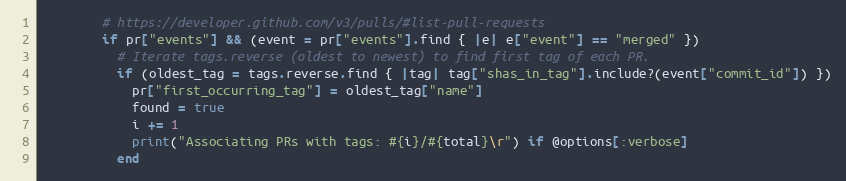
Language: Ruby
        # https://developer.github.com/v3/pulls/#list-pull-requests
        if pr["events"] && (event = pr["events"].find { |e| e["event"] == "merged" })
          # Iterate tags.reverse (oldest to newest) to find first tag of each PR.
          if (oldest_tag = tags.reverse.find { |tag| tag["shas_in_tag"].include?(event["commit_id"]) })
            pr["first_occurring_tag"] = oldest_tag["name"]
            found = true
            i += 1
            print("Associating PRs with tags: #{i}/#{total}\r") if @options[:verbose]
          end